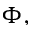
\Phi ,